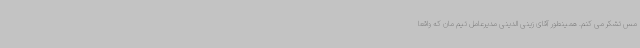
مس تشکر می کنم. همینطور آقای زینی الدینی مدیرعامل تیم مان که واقعا